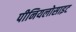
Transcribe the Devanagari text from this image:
पीनियलोसाइट